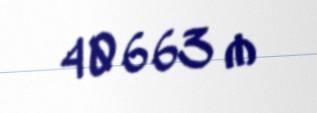
40663 ₼